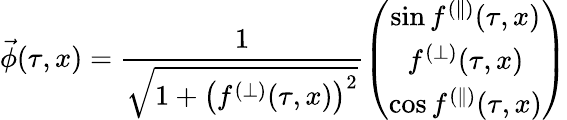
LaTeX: \vec{\phi}(\tau,x)=\frac{1}{\sqrt{1+\left(f^{(\perp)}(\tau,x)\right)^{2}}}\left(\begin{array}{c}{{\sin f^{(\parallel)}(\tau,x)}}\\ {{f^{(\perp)}(\tau,x)}}\\ {{\cos f^{(\parallel)}(\tau,x)}}\end{array}\right)